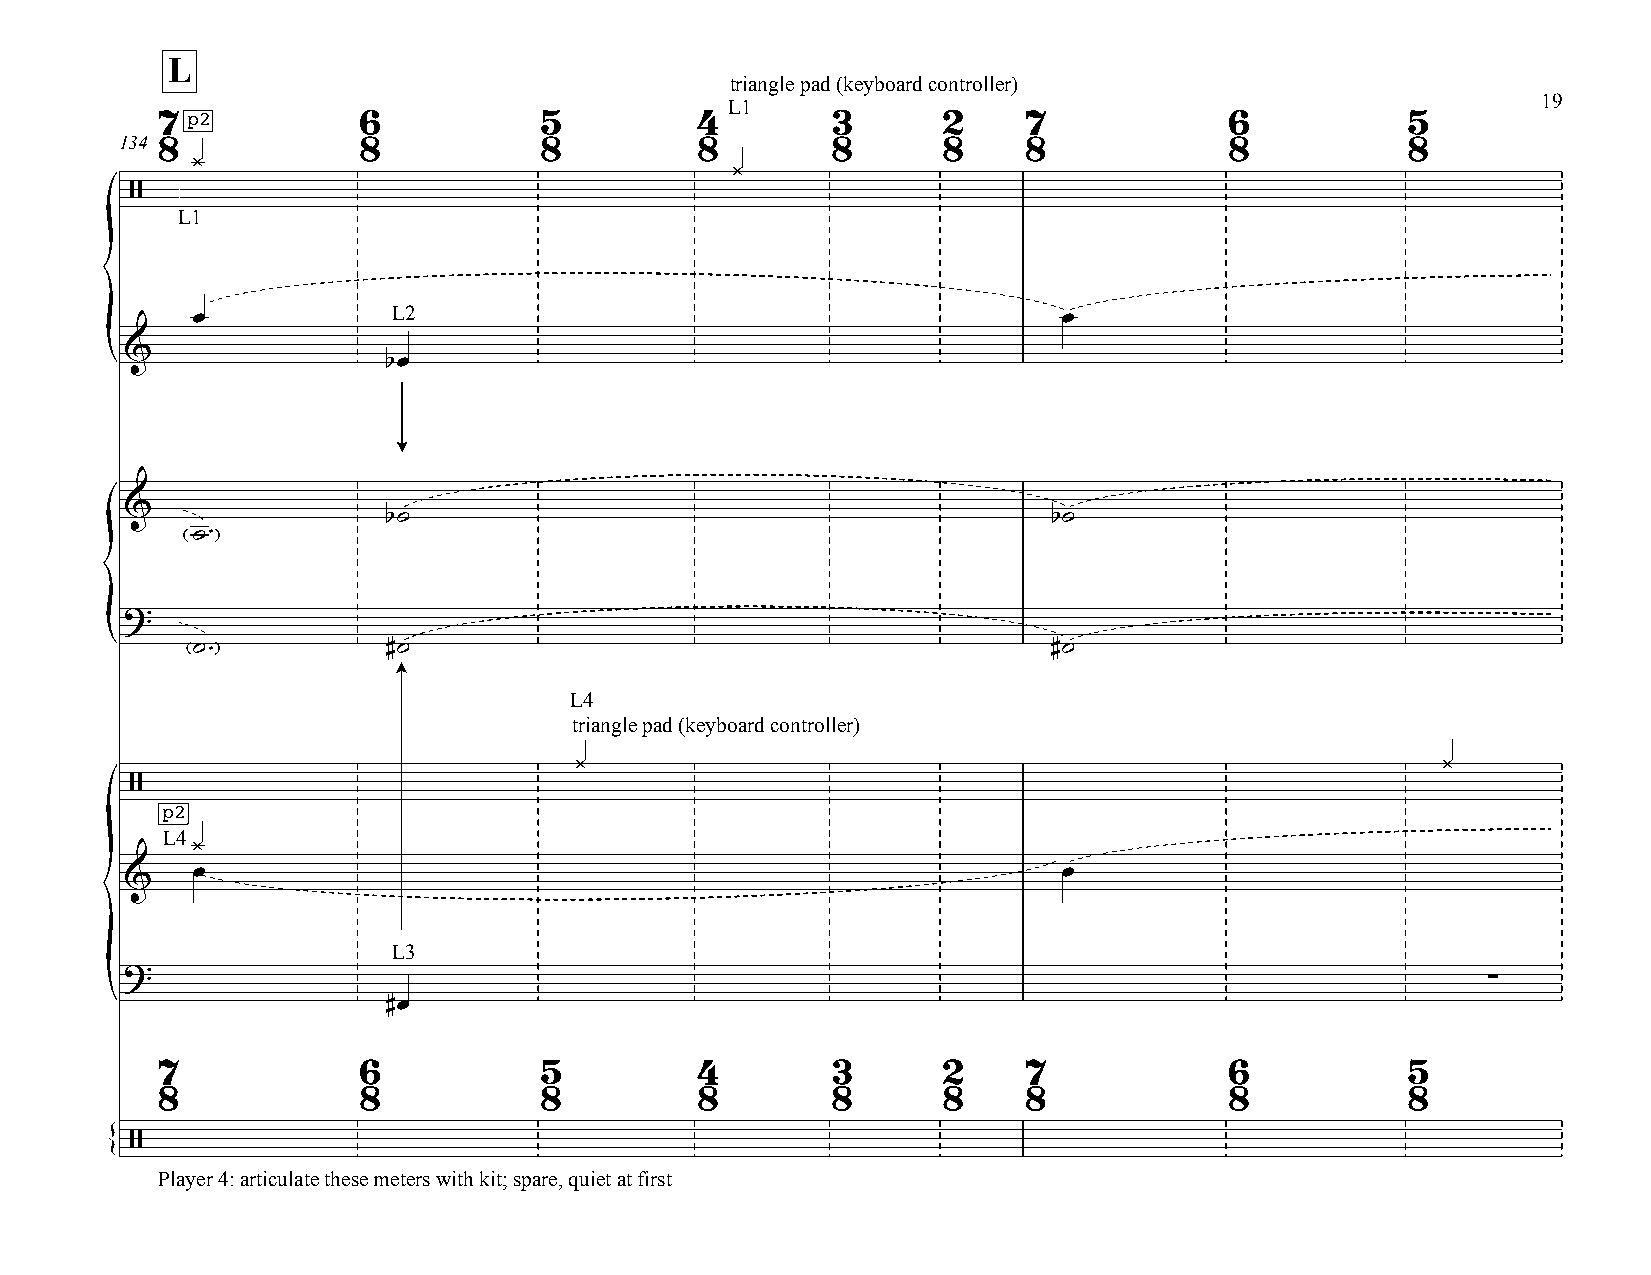
L
 triangle pad (keyboard controller)
 19
 L1
 7 p2         6           5         4        3      2     7            6           5
 134 8           8           8         8        8      8     8            8           8
 ¿
 ¿
 /
 L1
 œ            L2                                          œ
 &
 {                  bœ
 &
 b˙                                          b˙
 ˙™
 ?
 {     ˙            #˙                                          #˙
 ™
 L4
 triangle pad (keyboard controller)
 ¿                                                        ¿
 /
 p2
 L4
 ¿
 œ                                                        œ
 &
 L3
 ?
 ∑
 {                  #œ
 7            6           5         4        3      2     7            6           5
 8            8           8         8        8      8     8            8           8
 /
 {
 Player 4: articulate these meters with kit; spare, quiet at first